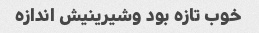
خوب تازه بود وشیرینیش اندازه